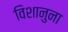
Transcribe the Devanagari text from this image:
विशानुना